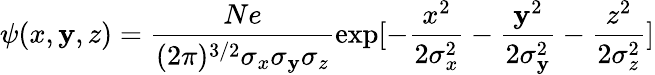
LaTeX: \psi(x,\mathbf{y},z)=\frac{{Ne}}{{(2\pi)^{3/2}\sigma_{x}\sigma_{\mathbf{y}}\sigma_{z}}}\exp[-\frac{{x^{2}}}{{2\sigma_{x}^{2}}}-\frac{{\mathbf{y}^{2}}}{{2\sigma_{\mathbf{y}}^{2}}}-\frac{{z^{2}}}{{2\sigma_{z}^{2}}}]